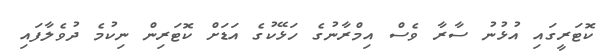
ކޮޓަރީގައި އުޅުނު ސާރާ ވެސް އިމްރާނުގެ ހަޅޭކުގެ އަޑަށް ކޮޓަރިން ނިކުމެ ދުވެލާފައި